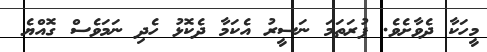
މީހަކާ ދެވާށެވެ. ފުރަތަމަ ނަސީރު އެކަމާ ދެކޮޅު ހެދި ނަމަވެސް ގޮއްޔެ